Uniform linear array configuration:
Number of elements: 48
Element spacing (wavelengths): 0.5
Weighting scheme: cosine
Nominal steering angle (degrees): -45
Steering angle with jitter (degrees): -44.975
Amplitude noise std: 0.05
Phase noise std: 0.05

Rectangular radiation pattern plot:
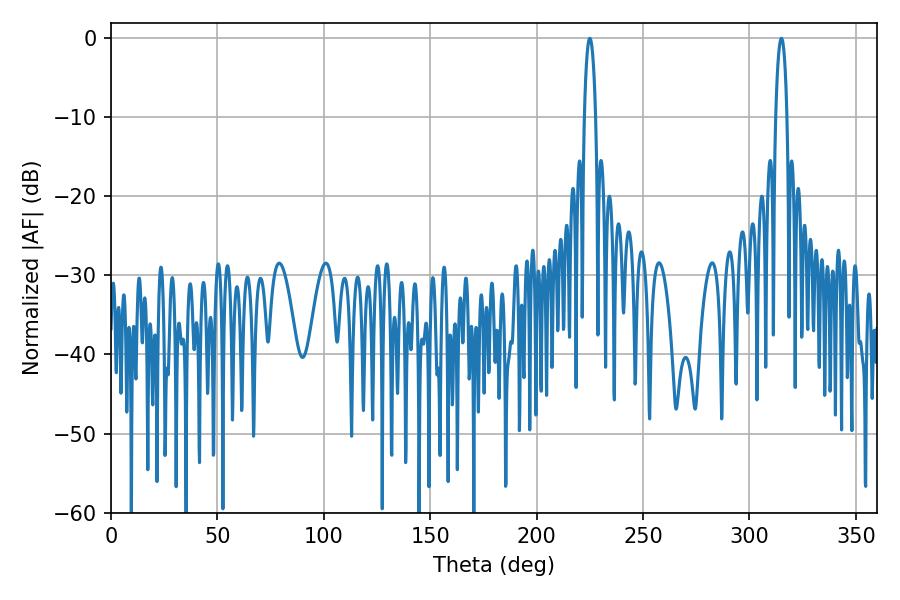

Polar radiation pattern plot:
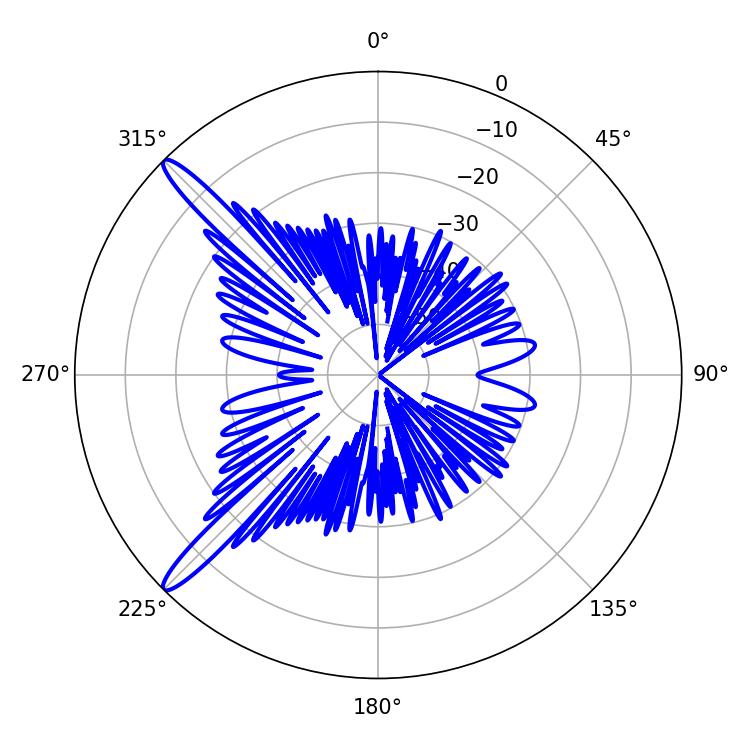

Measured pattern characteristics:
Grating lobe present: FALSE
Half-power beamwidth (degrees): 2.88
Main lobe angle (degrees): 225